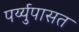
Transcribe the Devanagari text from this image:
पर्य्युपासत